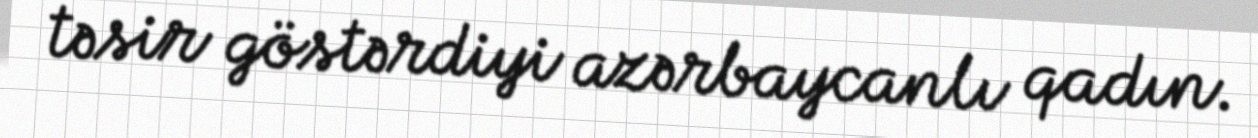
təsir göstərdiyi azərbaycanlı qadın.